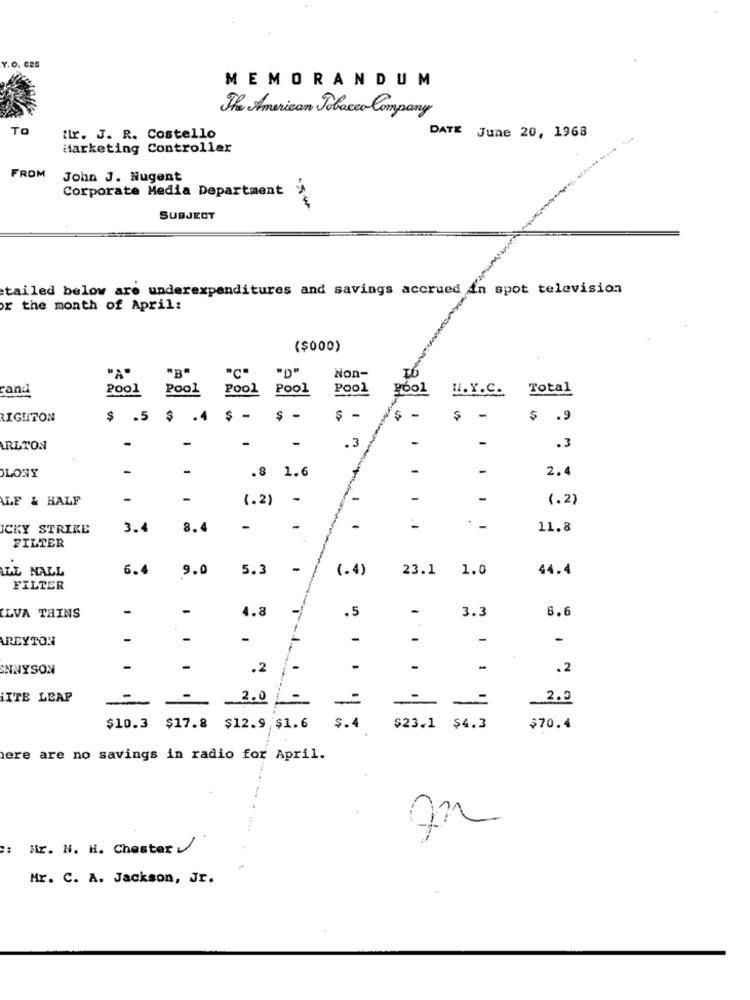
Y.O. C25
MEMORANDUM
The American Tobacco Company
TO
tir. J. R. Costello
DATE June 20, 1968
Marketing Controller
FROM
John J. Nugent
Corporate Media Department
SUBJECT
tailed below are underexpenditures and savings accrued in spot television
or the month of April:
($000)
"A"
"B"
"C"
Non-
rand
Pool
Pool
POOL
Pool
Pool
pool
H.Y.C.
Total
RIGHTON
$ .5
.4
$ -
$ -
$ -
-
$
-
$ .9
-
-
-
-
RLTON
-
.3
.3
-
-
-
2.4
LONY
.8 1.6
LF & HALF
-
-
-
-
-
(.2)
(.2) -
ICKY STRIKE
3.4
8.4
-
-
-
11.8
FILTER
EL NALL
6.4
9.0
5.3
-
(.4)
23.1 1.0
44.4
FILTER
-
-
4.8
.5
-
3.3
6.6
ILVA THINS
AREYTOR
-
-
-
-
ONNYSON
-
-
.2
-
-
.2
iTTE LEAP
2.0
-
2.0
-
$10.3 $17.8 $12.9 $1.6
$.4
$23.1 $4.3
$70.4
here are no savings in radio for April.
Mr. N. H. Chester
Mr. C. A. Jackson, Jr.